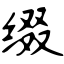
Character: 缀